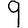
Digit: 9